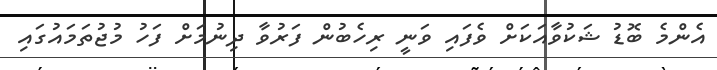
އެންމެ ބޮޑު ޝަކުވާއަކަށް ވެފައި ވަނީ ރިހެބުން ފަރުވާ ދިނުމަށް ފަހު މުޖުތަމައުގައި